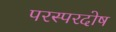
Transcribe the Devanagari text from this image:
परस्परदोष